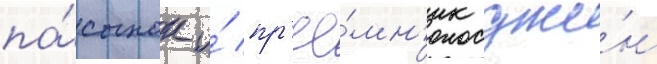
па́сынок и́ пр'ее́мн'ик джи́н